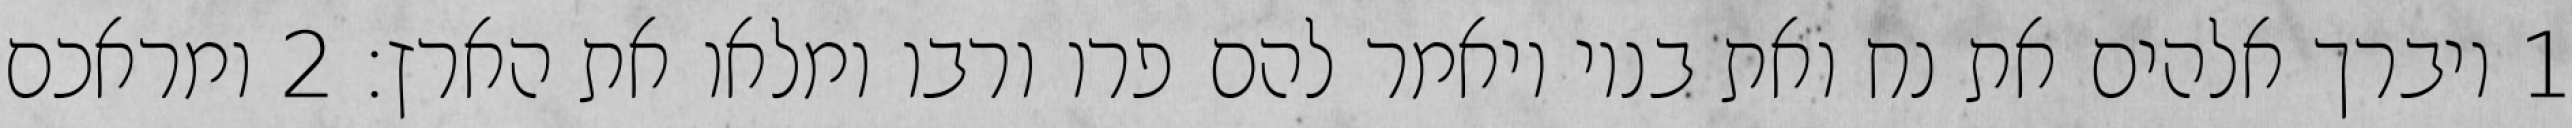
1 ויברך אלהים את נח ואת בניו ויאמר להם פרו ורבו ומלאו את הארץ׃ ‎2‏ ומראכם